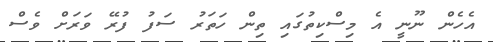
އެހެން ނޫނީ އެ މިސްކިތުގައި ތިން ހަތަރު ސަފު ފުރޭ ވަރަށް ވެސް